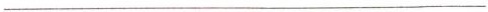
___